Vaccination in Bombay 1874-1876 - 1874-1876
Year: 1874
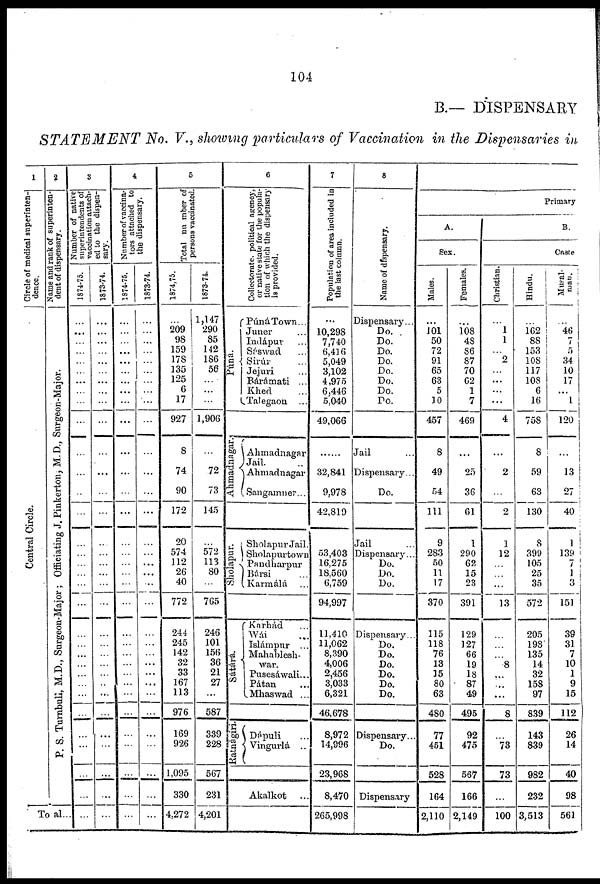
104
B.— DISPENSARY
STATEMENT
No. V., showing particulars of Vaccination in the Dispensaries in
1
Circle of medical superinten-
dence.
Central Circle.
2
Name and rank of superinten-
dent of dispensary.
P. S. Turnbull,
M.D., Surgeon-Major; Officiating J. Pinkerton, M.D., Surgeon-Major.
Total...
3
Number of native
superintendents of
vaccination attach-
ed to the dispen-
sary.
1874-75.
...
...
...
...
...
...
...
...
...
...
...
...
...
...
...
...
...
...
...
...
...
...
...
...
...
...
...
...
...
...
...
...
...
1873-74.
...
...
...
...
...
...
...
...
...
...
...
...
...
...
...
...
...
...
...
...
...
...
...
...
...
...
...
...
...
...
...
...
...
4
Number of vaccina-
tors attached to
the dispensary.
1874-75.
...
...
...
...
...
...
...
...
...
...
...
...
...
...
...
...
...
...
...
...
...
...
...
...
...
...
...
...
...
...
...
...
...
1873-74.
...
...
...
...
...
...
...
...
...
...
...
...
...
...
...
...
...
...
...
...
...
...
...
...
...
...
...
...
...
...
...
...
...
5
Total number of
persons vaccinated.
1874,75.
...
209
98
159
178
135
125
6
17
927
8
74
90
172
20
574
112
26
40
772
244
245
142
32
33
167
113
976
169
926
1,095
330
4,272
1873-74.
1,147
290
85
142
186
56
...
...
...
1,906
...
72
73
145
...
572
113
80
...
765
246
101
156
36
21
27
...
587
339
228
567
231
4,201
6
Collectorate,
political agency,
or native state for the popula-
tion of which the dispensary
is provided.
Púná.
Ahmadnagar.
Sholapur.
Sátárá.
Ratnágiri.
Púná Town...
Juner ...
Indápur ...
Sáswad
...
Sirúr ...
Jejuri ...
Bárámati ...
Khed ...
Talegaon ...
Ahmadnagar
Jail. ..
Ahmadnagar
Sangamner...
Sholapur Jail.
Sholapurtown
Pandharpur
Bársi ...
Karmálá ...
Karhád ...
Wái ...
Islámpur ...
Mahablesh-
war.
Pusesáwali...
Pátan ...
Mhaswad ...
Dápuli ...
Vingurlá ..
Akalkot ...
7
Population of area included in
the last column.
...
10,298
7,740
6,416
5,049
3,102
4,975
6,446
5,040
49,066
......
32,841
9,978
42,819
53,403
16,275
18,560
6,759
94,997
11,410
11,062
8,390
4,006
2,456
3,033
6,321
46,678
8,972
14,996
23,968
8,470
265,998
8
Name of dispensary.
Dispensary...
Do.
Do.
Do.
Do.
Do.
Do.
Do.
Do.
Jail ...
Dispensary...
Do.
Jail ...
Dispensary...
Do.
Do.
Do.
Dispensary...
Do.
Do.
Do.
Do.
Do.
Do.
Dispensary...
Do.
Dispensary
Primary
A.
Sex.
Males.
...
101
50
72
91
65
63
5
10
457
8
49
54
111
9
283
50
11
17
370
115
118
76
13
15
80
63
480
77
451
528
164
2,110
Females.
...
108
48
86
87
70
62
1
7
469
...
25
36
61
1
290
62
15
23
391
129
127
66
19
18
87
49
495
92
475
567
166
2,149
B.
Caste.
Christian.
...
1
1
...
2
...
...
...
...
4
...
2
...
2
1
12
...
...
...
13
...
...
...
8
...
...
...
8
...
73
73
...
100
Hindu.
...
162
88
153
108
117
108
6
16
758
8
59
63
130
8
399
105
25
35
572
205
198
135
14
32
158
97
839
143
839
982
232
3,513
Musal-
man.
...
46
7
5
34
10
17
...
1
120
...
13
27
40
1
139
7
1
3
151
39
31
7
10
1
9
15
112
26
14
40
98
561